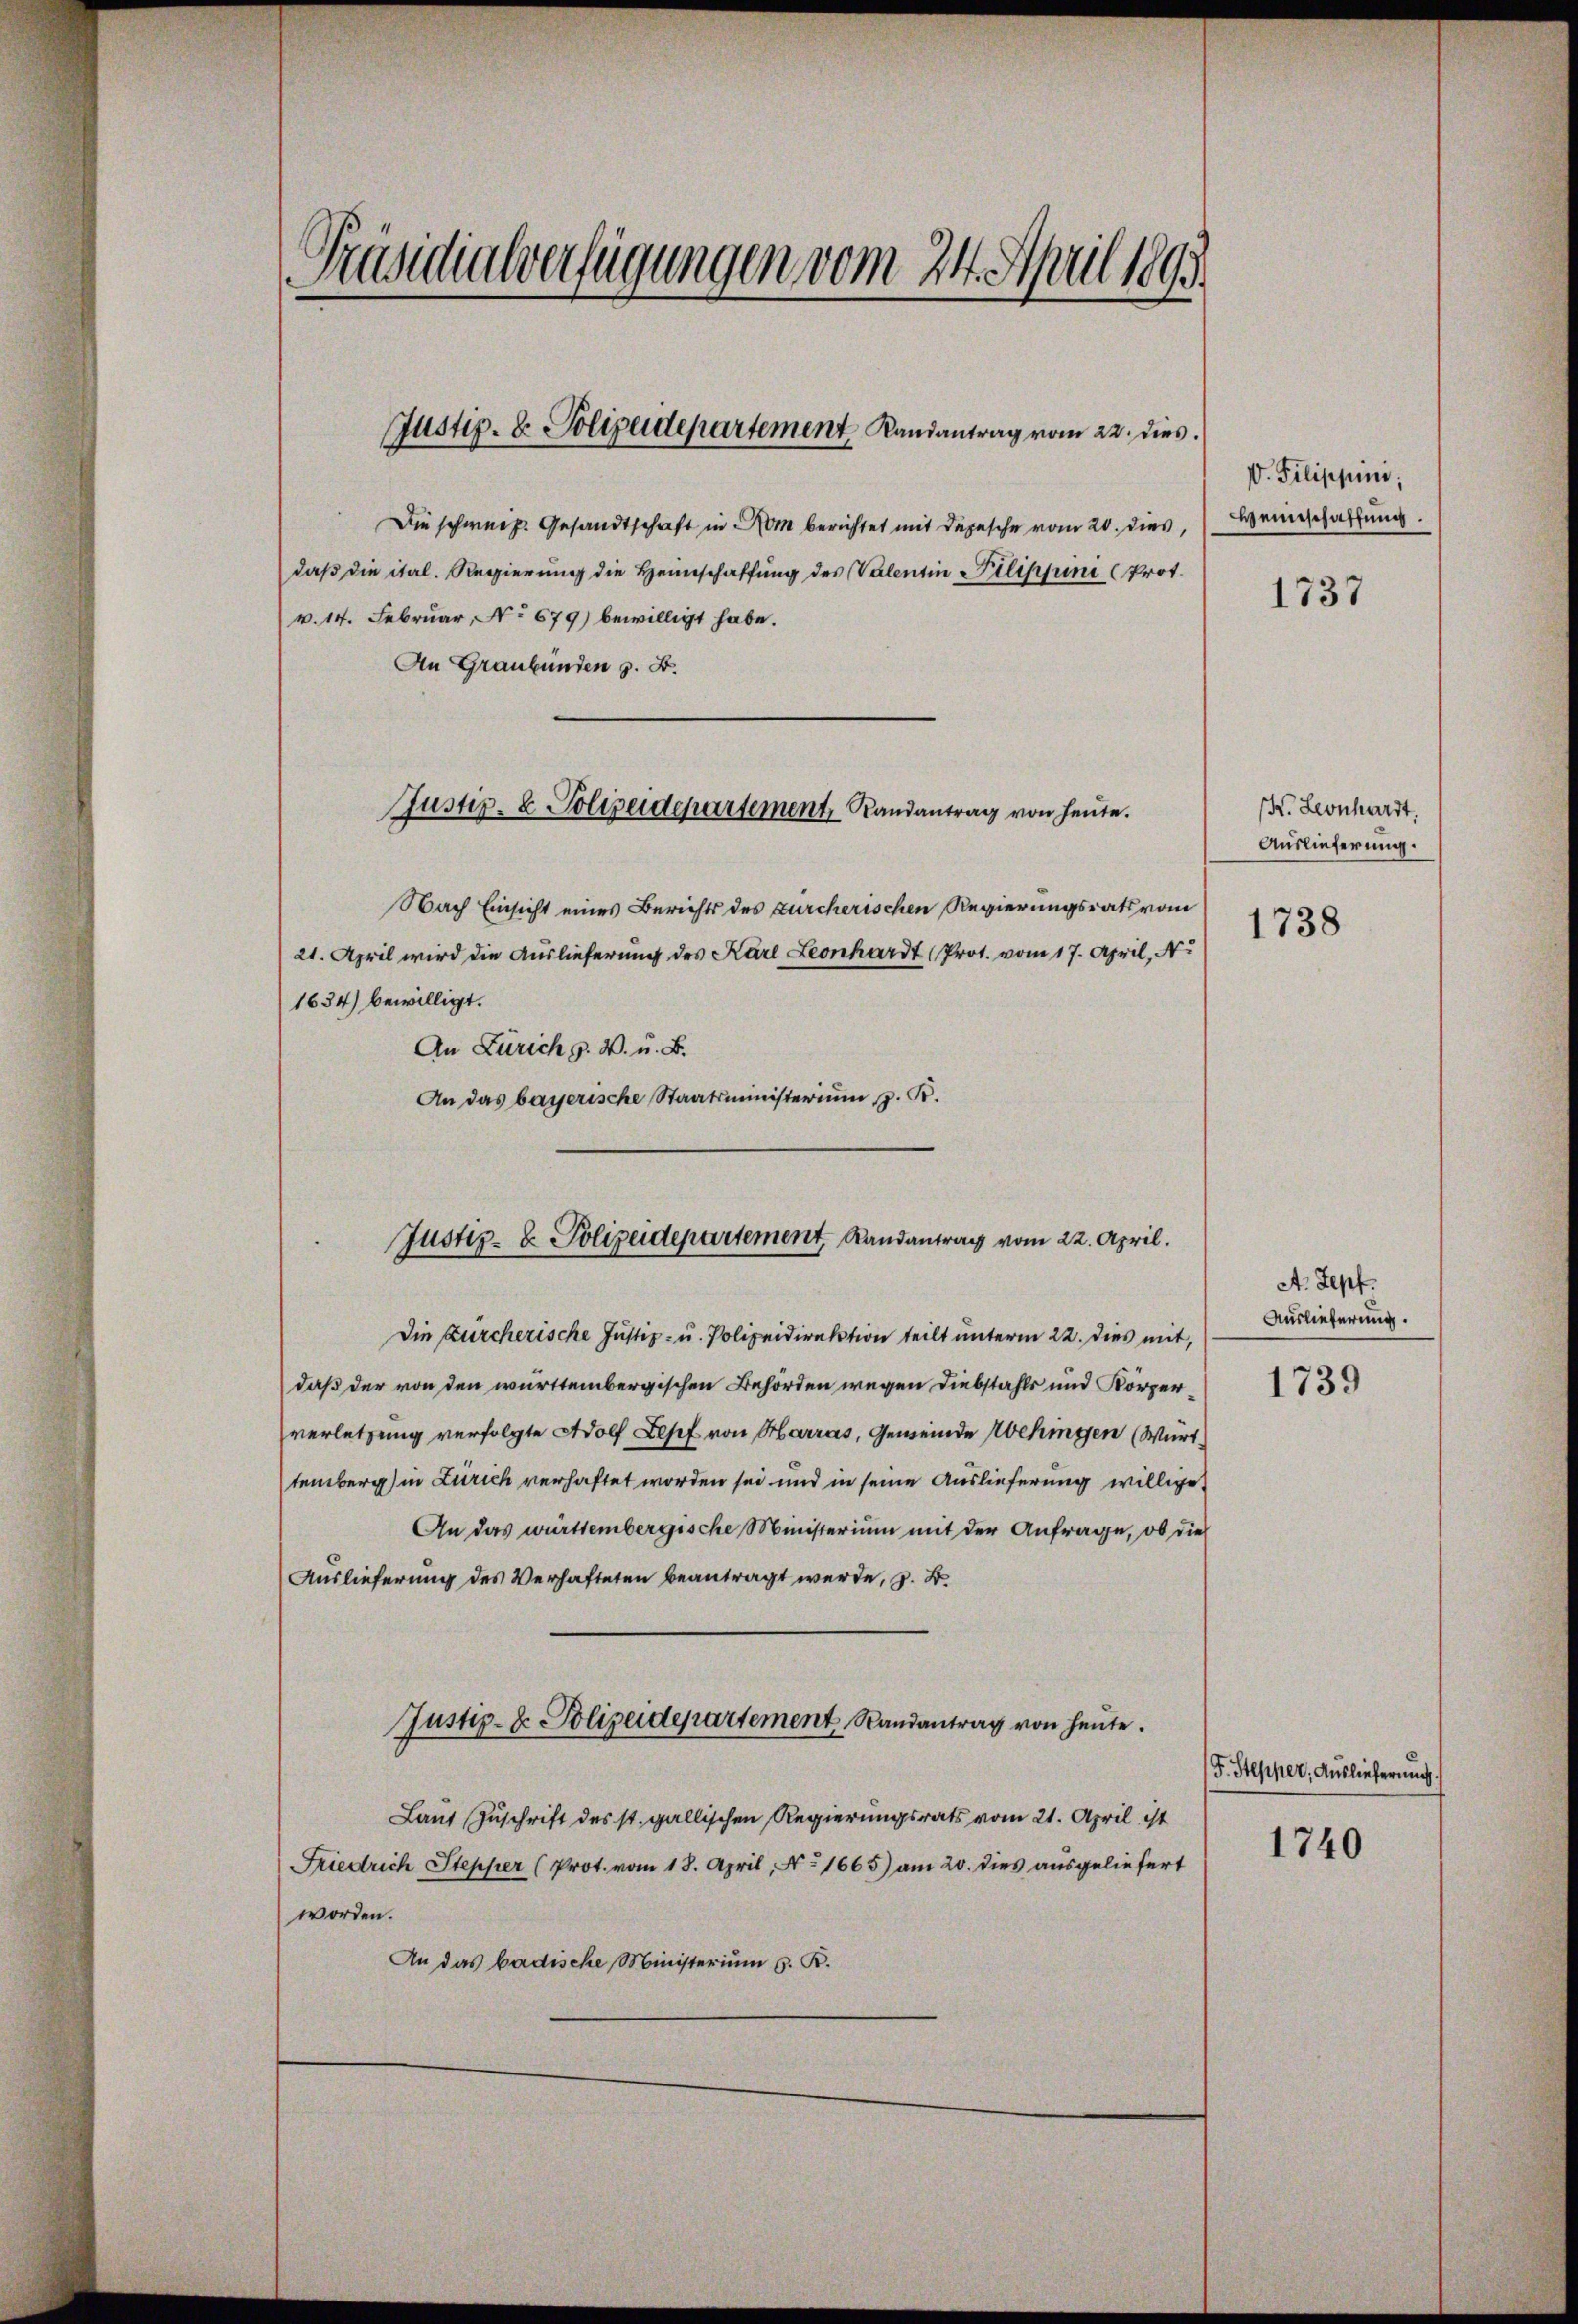
Die schweiz. Gesandtschaft in Rom berichtet mit Depesche vom 20. dies,
daß die ital. Regierung die Heimschaffung des Valentin Pilippini Prot.
v. 14. Februar, No 679) bewilligt habe.
An Graubünden z. B.
Nach Einsicht eines Berichts des Zürcherischen Regierungsrats vom
21. April wird die Auslieferung des Karl Leonhardt (Prot. vom 17. April, No
1634) bewilligt.
An Zürich g. W. u. B.
An das bayerische Staatsministeriŭm z. R.
Die Zürcherische Justiz- u. Polizeidirektion teilt unterm 22. Dies mit,
daß der von den württembergischen Behörden wegen Diebstahls und Körperverletzung verfolgte Adolf Lepf von Harras, Gemeinde Wekingen (Würt
temberg) in Zürich verhaftet worden sei und in seine Auslieferung willige
An das württembergische Ministerium mit der Anfrage, ob die
Auslieferung des Verhafteten beantragt werde, z. B.
Justiz- & Polizeidepartement Randantrag von heute.
Laut Zuschrift des st. gallischen Regierungsrats vom 21. April ist
Friedrich Stepper (Prot. vom 18. April, No 1665) am 20. dies ausgeliefert
worden.
An das badische Ministerium d. R.

Präsidialverfügungen vom 24. April 1891

Justiz- & Polizeidepartement Randantrag vom 22. dies

Justiz- & Polizeidepartement, Randantrag von heute.

Justiz- & Polizeidepartement, Randantrag vom 22. April.

V. Filippini;
Heinschaffung.

1737

IX. Leonhardt.
Auslieferung.
1738

A. Sepf.
Auslieferung.

1739

F. Stepper, Auslieferung.

1740